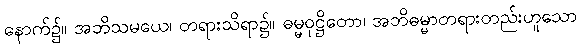
နောက်၌။ အဘိသမယေ၊ တရားသိရာ၌။ ဓမ္မဝုဋ္ဌိတော၊ အဘိဓမ္မာတရားတည်းဟူသော